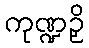
ကုဏ္ဍဉှိ